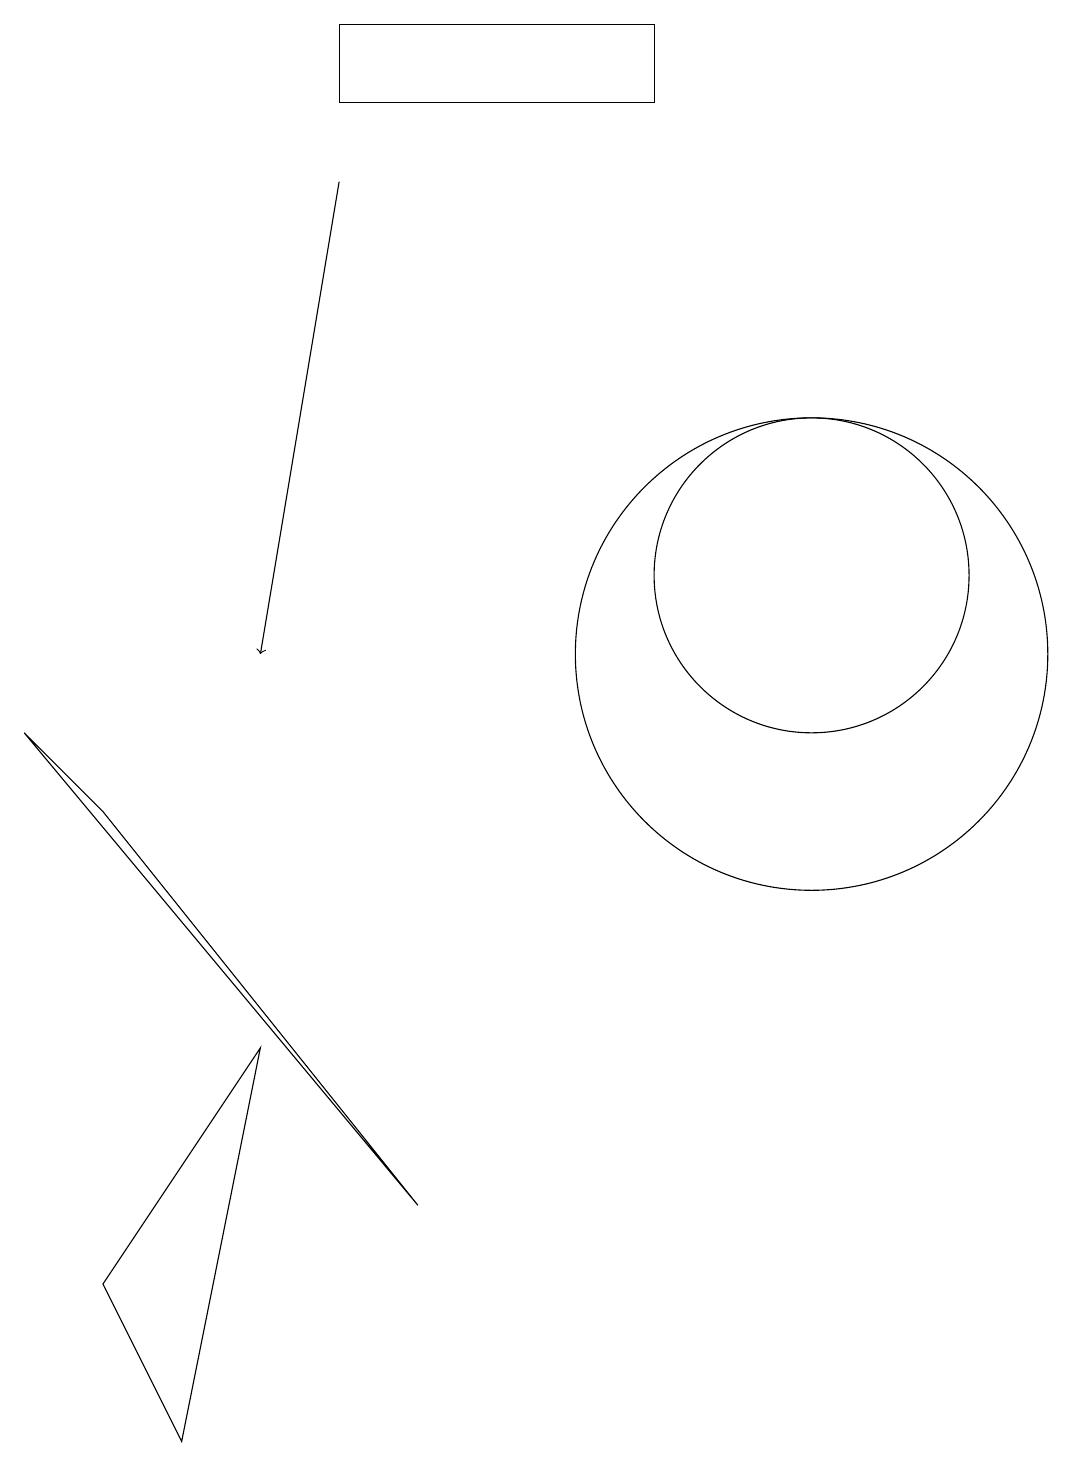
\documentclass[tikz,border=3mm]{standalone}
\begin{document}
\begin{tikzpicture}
\draw[->] (5,16) -- (4,10);
\draw (3,0) -- (2,2) -- (4,5) -- cycle;
\draw (10,11) circle (0);
\draw (11,11) circle (2);
\draw (9,17) rectangle (5,18);
\draw (2,8) -- (1,9) -- (6,3) -- cycle;
\draw (11,10) circle (3);
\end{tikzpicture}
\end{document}